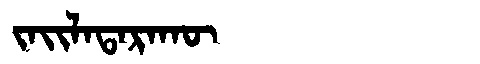
Manchu: ᠵᠠᡳᠯᠠᡨᠠᡵᠠᡴᡡ
Romanization: JAILATARAKŪ